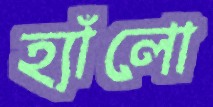
হ্যাঁলো